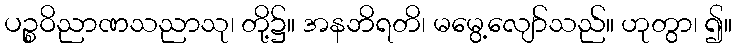
ပဉ္စဝိညာဏသညာသု၊ တို့၌။ အနဘိရတိ၊ မမွေ့လျော်သည်။ ဟုတွာ၊ ၍။